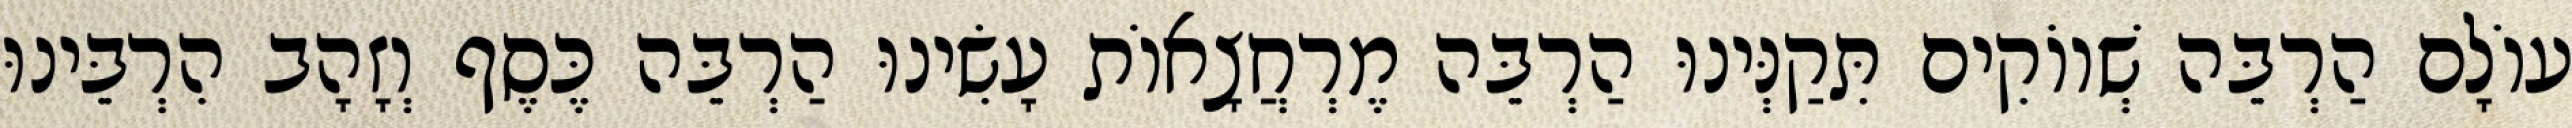
עוֹלָם הַרְבֵּה שְׁווֹקִים תִּקַנְּינוּ הַרְבֵּה מֶרְחֲצָאוֹת עָשִׂינוּ הַרְבֵּה כֶּסֶף וְזָהָב הִרְבֵּינוּ